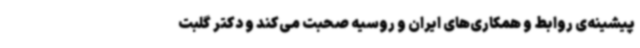
پیشینه‌ی روابط و همکاری‌های ایران و روسیه صحبت می‌کند و دکتر گلبت